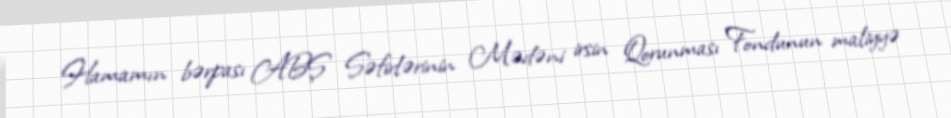
Hamamın bərpası ABŞ Səfirlərinin Mədəni irsin Qorunması Fondunun maliyyə